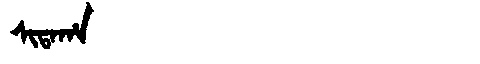
Manchu: ᠰᡳᡨᠠᡥᠠ
Romanization: SITAHA